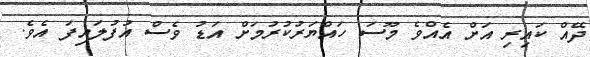
ދޭއް ކައިރި އަށް އެއްވެ މޫސަ ހައްޔަރުކުރުމަށް އަޑު ވެސް އުފުލައިފަ އެވެ.